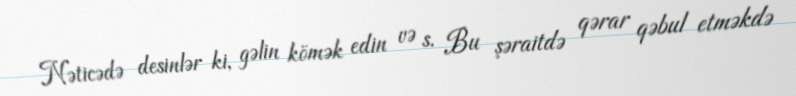
Nəticədə desinlər ki, gəlin kömək edin və s. Bu şəraitdə qərar qəbul etməkdə